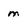
Character: m